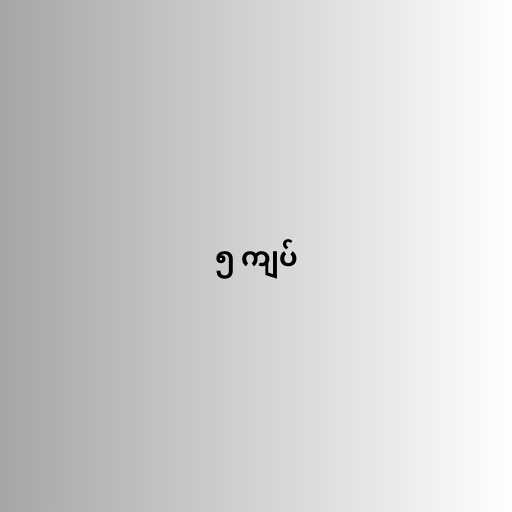
၅ ကျပ်